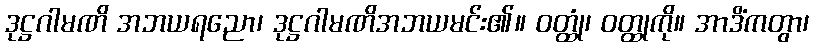
ဒုဋ္ဌဂါမဏိ အဘယရညော၊ ဒုဋ္ဌဂါမဏိအဘယမင်း၏။ ဝတ္ထုံ၊ ဝတ္ထုကို။ အာဒိံကတွာ၊